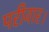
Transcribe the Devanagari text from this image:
परीवार।